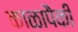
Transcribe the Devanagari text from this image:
काळापैकी